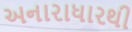
અનારાધારથી